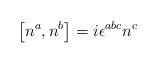
LaTeX: \begin{align*}\left[n^{a}, n^{b}\right] = i \epsilon^{abc} n^{c}\end{align*}